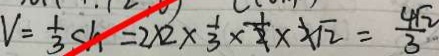
V = \frac { 1 } { 3 } S h = 2 \times 2 \times \frac { 1 } { 3 } \times \frac { 1 } { 2 } \times 2 \sqrt { 2 } = \frac { 4 \sqrt { 2 } } { 3 }